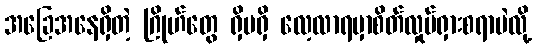
အခြေအနေရှိတဲ့ ဂြိုဟ်တွေ ရှိမရှိ လေ့လာရမှာစိတ်လှုပ်ရှားစရာပဲလို့